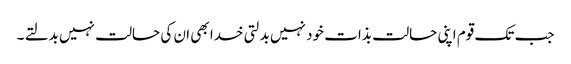
جب تک قوم اپنی حالت بذات خود نہیں بدلتی خدا بھی ان کی حالت نہیں بدلتے ۔